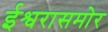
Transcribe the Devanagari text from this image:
ईश्वरासमोर